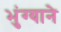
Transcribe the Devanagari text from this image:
भुंग्याने